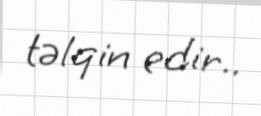
təlqin edir..